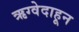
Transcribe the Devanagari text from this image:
ऋग्वेदाहून